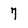
Character: 7